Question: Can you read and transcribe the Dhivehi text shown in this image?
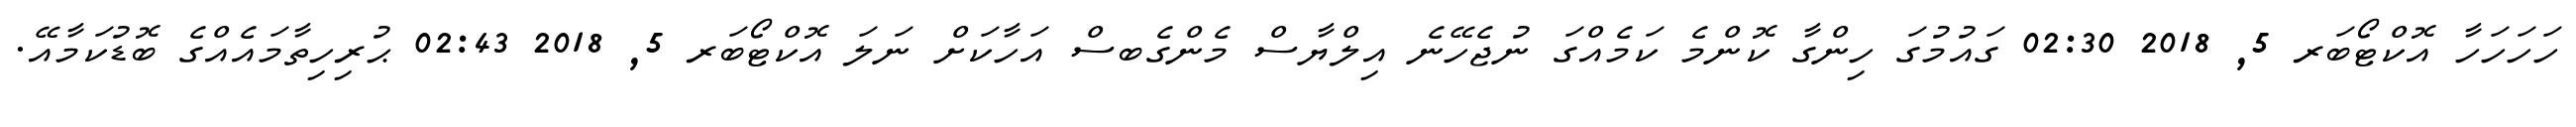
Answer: ހަހަހަހާ އޮކްޓޯބަރ 5, 2018 02:30 ގައުމުގަ ހިންގާ ކޮންމެ ކަމެއްގަ ނުޖެހޭނެ އިލްޔާސް މެންގެބސް އަހާކަށް ނަލަ އޮކްޓޯބަރ 5, 2018 02:43 ޙުރިހިތާމައެއްގެ ބޮޑުކަމާއޭ.